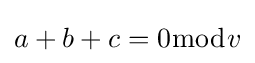
a+b+c=0{\bmod {v}}